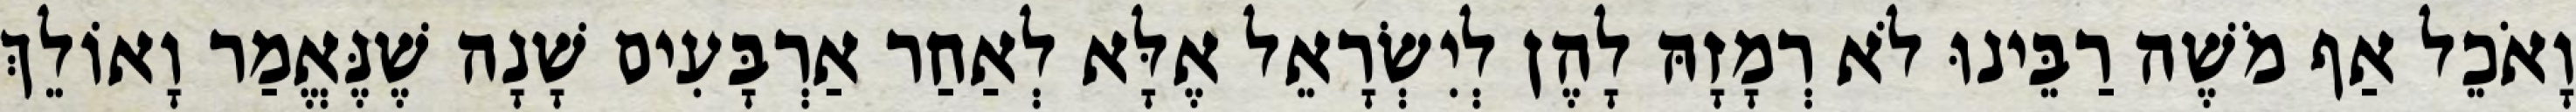
וָאֹכֵל אַף מֹשֶׁה רַבֵּינוּ לֹא רְמָזָהּ לָהֶן לְיִשְׂרָאֵל אֶלָּא לְאַחַר אַרְבָּעִים שָׁנָה שֶׁנֶּאֱמַר וָאוֹלֵךְ